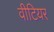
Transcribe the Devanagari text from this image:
वीटियर